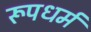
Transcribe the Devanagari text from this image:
रूपधर्म